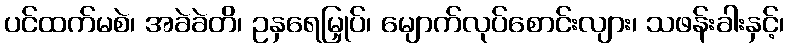
ပင်ထက်မစဲ၊ အခဲခဲတိ၊ ဥနှရေမြှုပ်၊ မျောက်လုပ်စောင်းလျား၊ သဖန်းခါးနှင့်၊